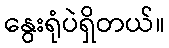
နွေးရုံပဲရှိတယ်။